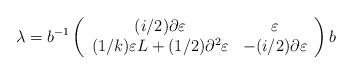
LaTeX: \begin{align*}\lambda = b^{-1}\left( \begin{array}{cc} (i/2) \partial \varepsilon & \varepsilon \\ (1/k)\varepsilon L + (1/2)\partial^2\varepsilon & -(i/2) \partial\varepsilon \end{array} \right)b\end{align*}